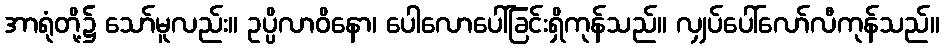
အာရုံတို့၌ သော်မူလည်း။ ဥပ္ပိလာဝိနော၊ ပေါလောပေါ်ခြင်းရှိကုန်သည်။ လျှပ်ပေါ်လော်လီကုန်သည်။